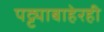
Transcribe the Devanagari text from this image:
पट्ट्याबाहेरही